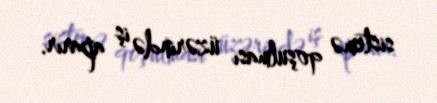
sistemə qoşulması üzərində iş aparır.